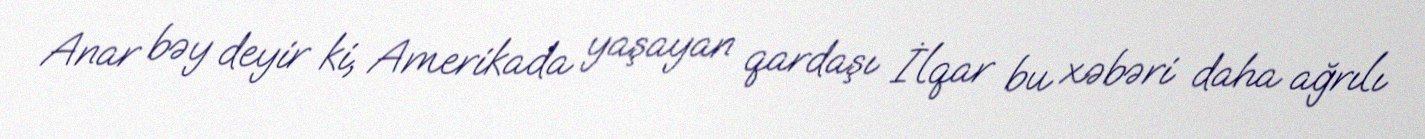
Anar bəy deyir ki, Amerikada yaşayan qardaşı İlqar bu xəbəri daha ağrılı